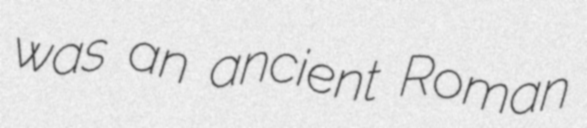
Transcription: was an ancient Roman